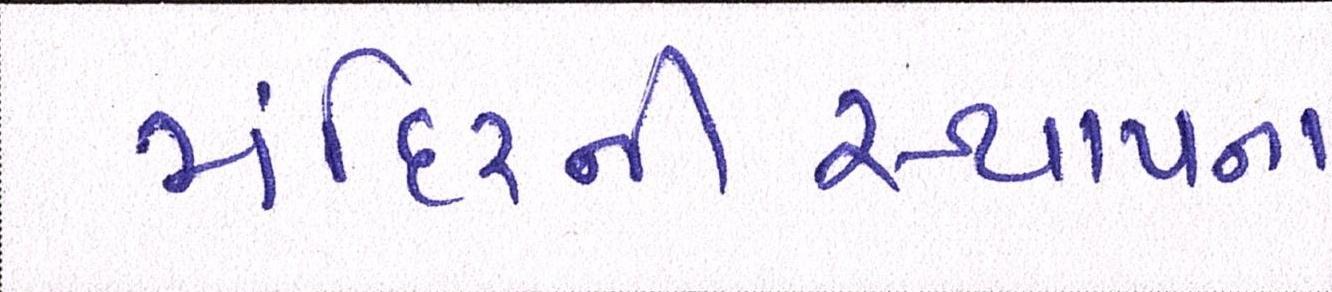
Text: મંદિરનીસ્થાપના